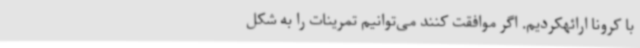
با کرونا ارائهکردیم. اگر موافقت کنند می‌توانیم تمرینات را به شکل